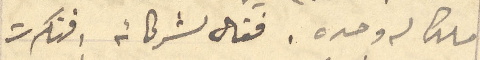
ملك له وحده. فقال لشركائه، فنكرت